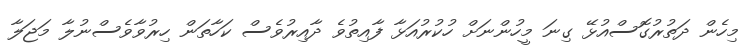
މިހެން ދަތުރުގޮސްއުޅޭ ގިނަ މީހުންނަށް ހުކުރުއަޅާ ފާއިތުވެ ދާއިރުވެސް ކަހާތަން ހިރުވާވެސްނުލާ މަޖަލާ